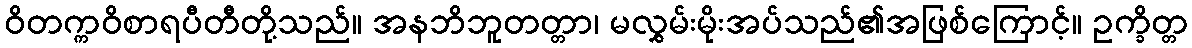
ဝိတက္ကဝိစာရပီတီတို့သည်။ အနဘိဘူတတ္တာ၊ မလွှမ်းမိုးအပ်သည်၏အဖြစ်ကြောင့်။ ဥက္ခိတ္တ